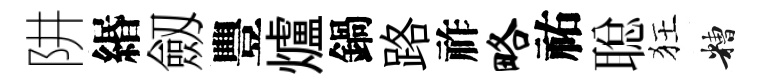
阱緡劔豐爐鍋路祚略祐聪狂糟